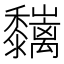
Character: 𪐑